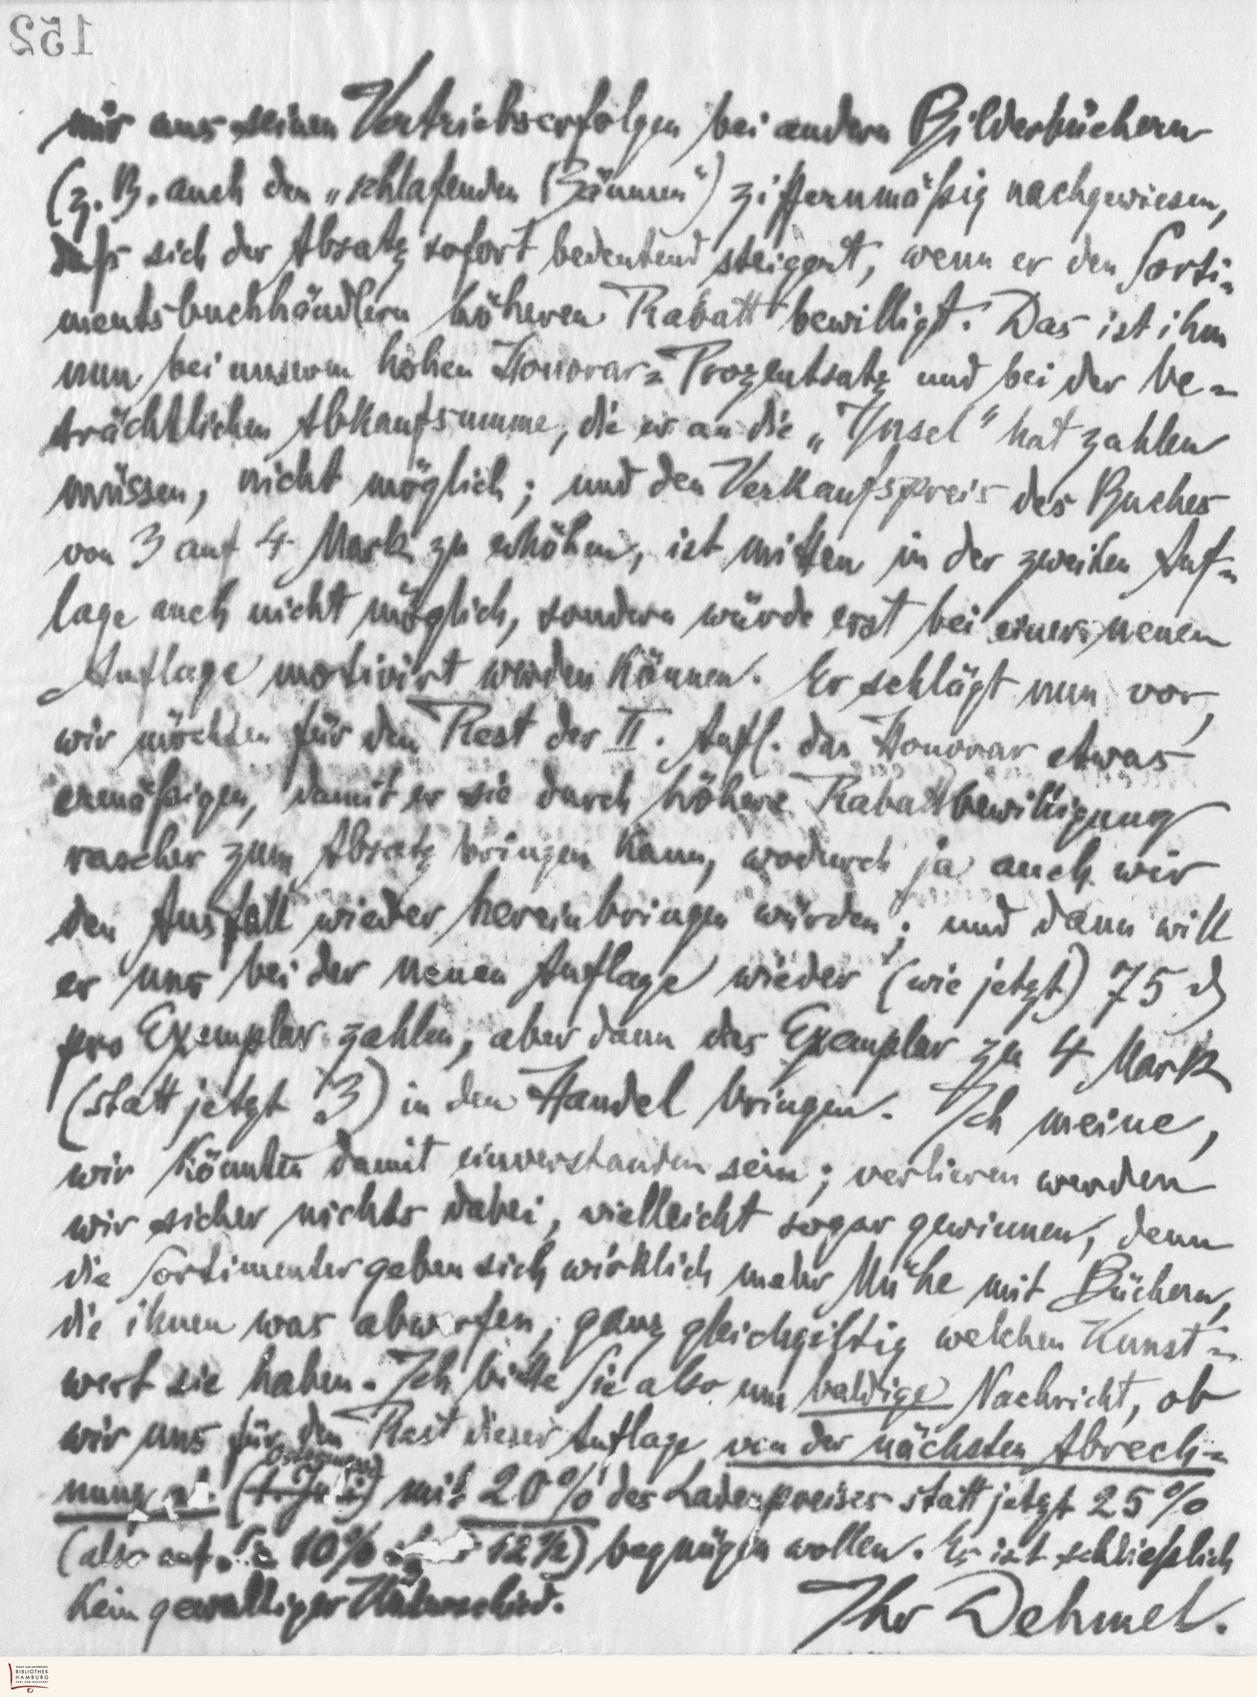
mir aus seinen Vertriebserfolgen bei andern Bilderbüchern
(z.B. auch den "schlafenden Bäumen") ziffernmäßig nachgewiesen,
daß sich der Absatz sofort bedeutend steigert, wenn er den Sorti-
mentsbuchhändlern höheren Rabatt bewilligt. Das ist ihm
nun bei unserm hohen Honorar=Prozentsatz und bei der be-
trächtlichen Abkaufsumme, die er an die "Insel" hat zahlen
müssen, nicht möglich; und den Verkaufspreis der Bucher
von 3 auf 4 Mark zu erhöhen, ist mitten in der zweiten Auf-
lage auch nicht möglich, sondern würde erst bei einer neuen
Auflage motiviert werden können. Er schlägt nun vor,
wir möchten für den Rest der II. Aufl. das Honorar etwas
ermäßigen, damit er sie durch höhere Rabattbewilligung
rascher zum Absatz bringen kann, wodurch ja auch wir
den Ausfall wieder hereinbringen würden; und dann will
er uns bei der neuen Auflage wieder (wie jetzt) 75 ░
pro Exemplar zahlen, aber dann das Exemplar zu 4 Mark
(statt jetzt 3) in den Handel bringen. Ich meine,
wir könnten damit einverstanden sein; verlieren werden
wir sicher nichts dabei, vielleicht sogar gewinnen, denn
die Sortimenter geben sich wirklich mehr Mühe mit Büchern,
die ihnen was abwerfen; ganz gleichgültig welchen Kunst-
wert sie haben. Ich bitte Sie also um baldige Nachricht, ob
wir uns für den Rest dieser Auflage, von der nächsten Abrech-
nung ab (1.Juli) Ostermesse mit 20% des Ladenpreises statt jetzt 25%
(also auf Sie 10% statt 12 1/2) begnügen wollen. Es ist schließlich
kein gewaltiger Unterschied.
Ihr Dehmel.